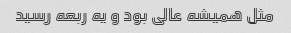
مثل همیشه عالی بود و یه ربعه رسید